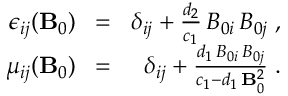
\begin{array} { r l r } { \epsilon _ { i j } ( { \bf B } _ { 0 } ) \! } & { = } & { \! \delta _ { i j } + \frac { d _ { 2 } } { c _ { 1 } } \, B _ { 0 i } \, B _ { 0 j } \; , } \\ { \mu _ { i j } ( { \bf B } _ { 0 } ) \! } & { = } & { \! \delta _ { i j } + \frac { d _ { 1 } \, B _ { 0 i } \, B _ { 0 j } } { c _ { 1 } - d _ { 1 } \, { \bf B } _ { 0 } ^ { 2 } } \; . } \end{array}